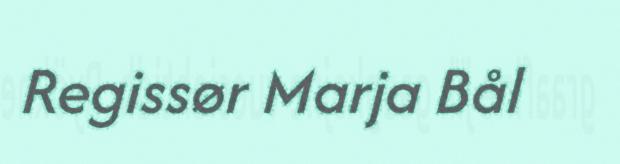
Regissør Marja Bål